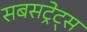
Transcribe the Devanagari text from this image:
सबसट्रेट्स